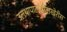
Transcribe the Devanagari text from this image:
उलथापालथीअखेरीस